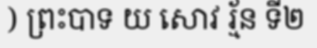
) ព្រះបាទ យ សោវ រ្ម័ន ទី២